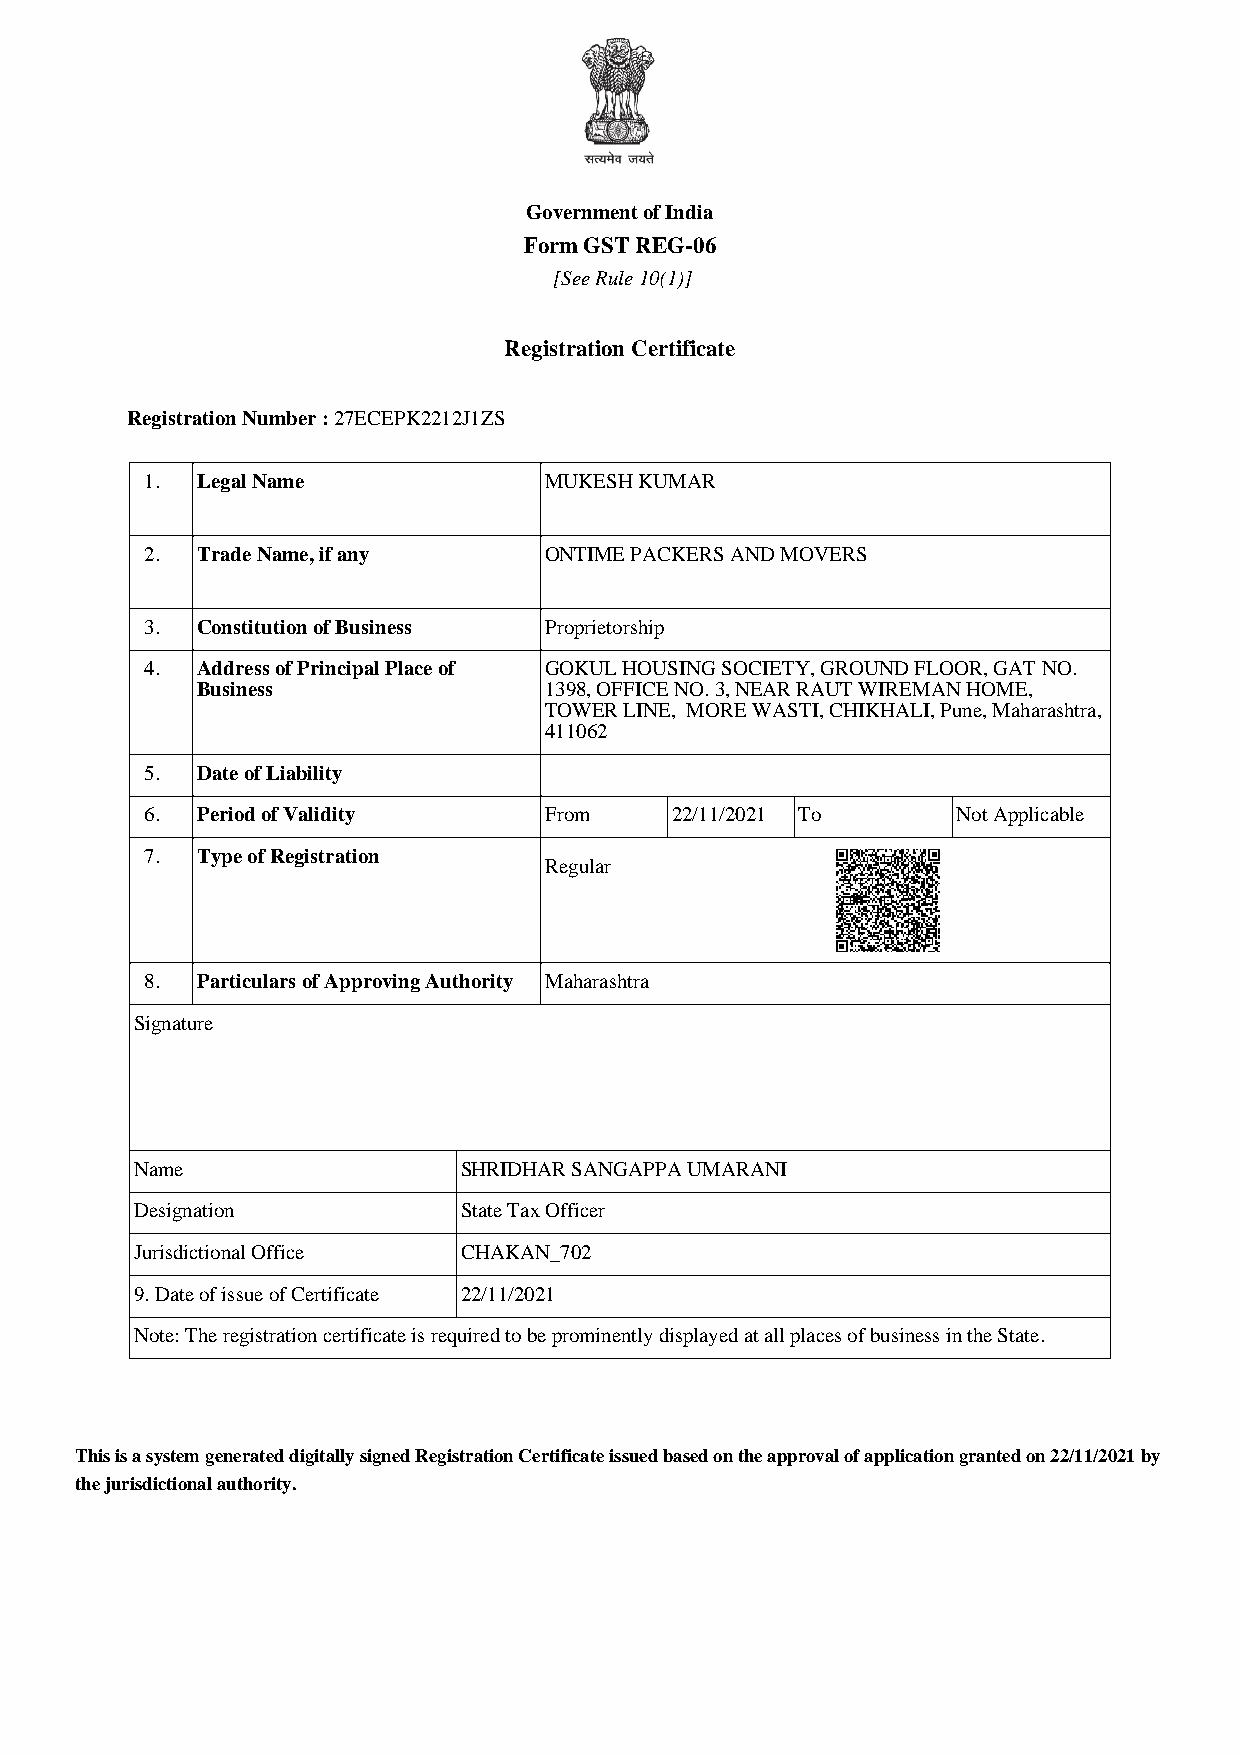
Government of India
 Form GST REG-06
 [See Rule 10(1)]
 Registration Certificate
 Registration Number : 27ECEPK2212J1ZS
 1. Legal Name             MUKESH KUMAR
 2. Trade Name, if any     ONTIME PACKERS AND MOVERS
 3. Constitution of Business Proprietorship
 4. Address of Principal Place of GOKUL HOUSING SOCIETY, GROUND FLOOR, GAT NO.
 Business               1398, OFFICE NO. 3, NEAR RAUT WIREMAN HOME,
 TOWER LINE, MORE WASTI, CHIKHALI, Pune, Maharashtra,
 411062
 5. Date of Liability
 6. Period of Validity     From    22/11/2021 To      Not Applicable
 7. Type of Registration
 Regular
 8. Particulars of Approving Authority Maharashtra
 Signature
 Name                 SHRIDHAR SANGAPPA UMARANI
 Designation          State Tax Officer
 Jurisdictional Office CHAKAN_702
 9. Date of issue of Certificate 22/11/2021
 Note: The registration certificate is required to be prominently displayed at all places of business in the State.
 This is a system generated digitally signed Registration Certificate issued based on the approval of application granted on 22/11/2021 by
 the jurisdictional authority.